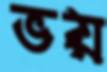
ভয়